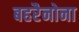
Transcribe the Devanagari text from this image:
बहरैनोना